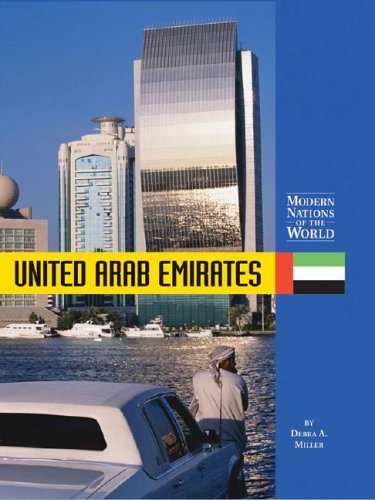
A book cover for United Arab Emirates (Modern Nations of the World (Lucent)); Debra A. Miller; History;